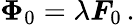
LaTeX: \boldsymbol\Phi_{0}=\lambda\boldsymbol F_{0}\, .